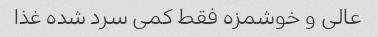
عالی و خوشمزه فقط کمی سرد شده غذا